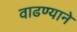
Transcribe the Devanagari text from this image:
वाढण्याने